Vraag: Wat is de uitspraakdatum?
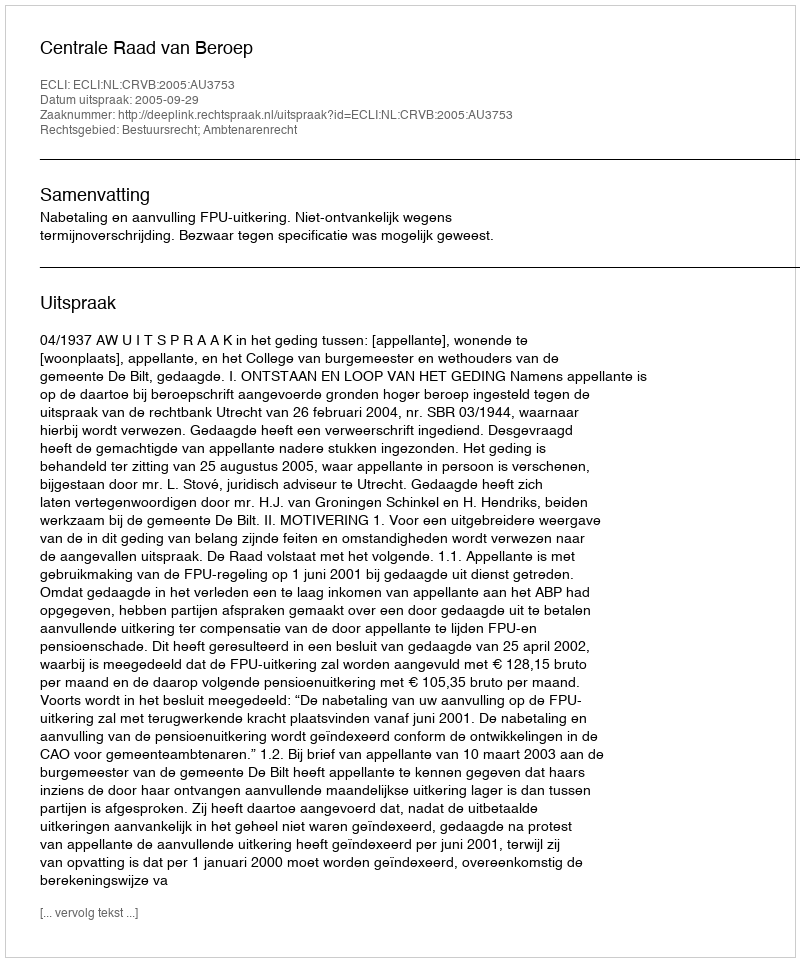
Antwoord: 2005-09-29